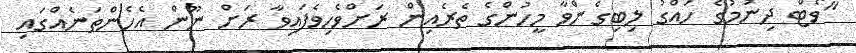
"ވޯޓް ދިނުމުގެ ހައްގު ލިބިގެންވާ މީހުންގެ ތެރެއިން ރަށްވެހިވެފައިވާ ރަށް ނޫން އެހެންތަނެއްގައި